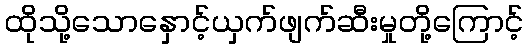
ထိုသို့သောနှောင့်ယှက်ဖျက်ဆီးမှုတို့ကြောင့်